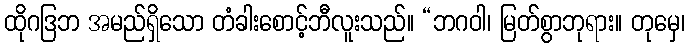
ထိုဂဒြဘ အမည်ရှိသော တံခါးစောင့်ဘီလူးသည်။ “ဘဂဝါ၊ မြတ်စွာဘုရား။ တုမှေ၊